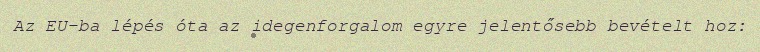
Az EU-ba lépés óta az idegenforgalom egyre jelentősebb bevételt hoz: